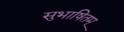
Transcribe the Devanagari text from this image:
सुभाषितम्